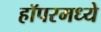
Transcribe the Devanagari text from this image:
हॉपरमध्ये